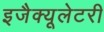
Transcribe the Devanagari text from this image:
इजैक्यूलेटरी